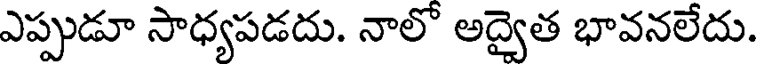
ఎప్పుడూ సాధ్యపడదు. నాలో అద్వైత భావనలేదు.